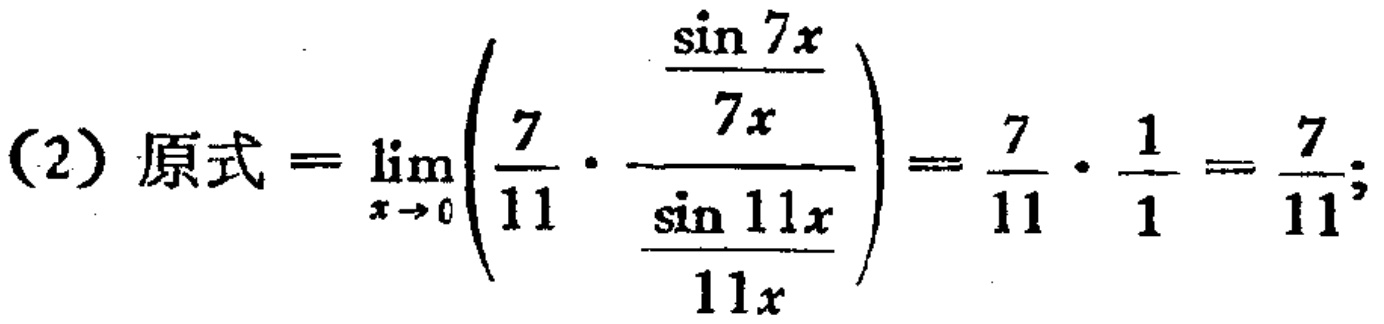
(2) 原式\(=\lim_{x \to 0}\left(\frac{7}{11} \cdot \frac{\frac{\sin 7x}{7x}}{\frac{\sin 11x}{11x}}\right)=\frac{7}{11} \cdot \frac{1}{1}=\frac{7}{11}\);